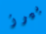
بيرز